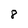
Character: 8